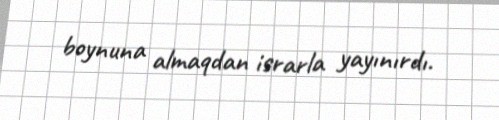
boynuna almaqdan israrla yayınırdı.